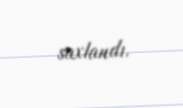
saxlandı.